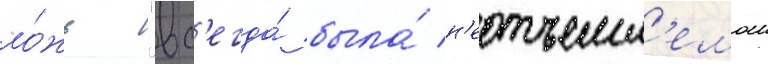
ло́жь "вс'егда́ была́ н'еотъемл'емои